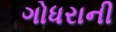
ગોધરાની